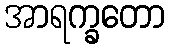
အာရက္ခတော